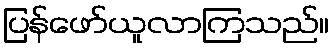
ပြန်ဖော်ယူလာကြသည်။